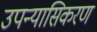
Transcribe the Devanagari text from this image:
उपन्यासिकरण